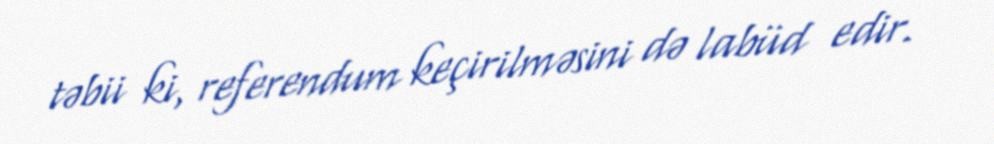
təbii ki, referendum keçirilməsini də labüd edir.